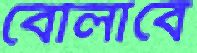
বোলাবে